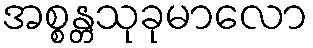
အစ္စန္တသုခုမာလော